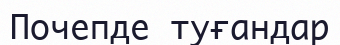
Почепде туғандар